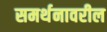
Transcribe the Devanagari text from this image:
समर्थनावरील